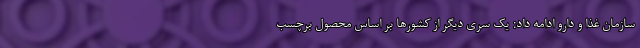
سازمان غذا و دارو ادامه داد: یک سری دیگر از کشورها بر اساس محصول برچسب